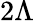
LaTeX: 2\Lambda